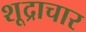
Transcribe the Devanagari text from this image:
शूद्राचार